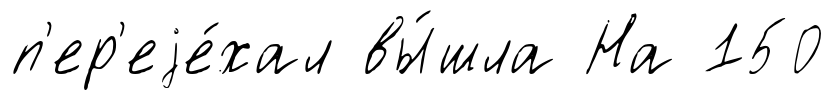
п'ер'еjе́хал вы́шла На 150